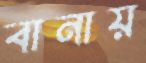
বানায়